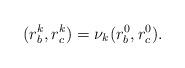
LaTeX: \begin{align*}(r_b^k, r_c^k)= \nu_k (r_b^0, r_c^0).\end{align*}